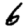
Digit: 6